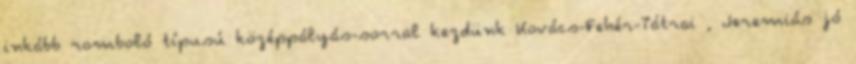
inkább romboló típusú középpályás-sorral kezdünk Kovács-Fehér-Tátrai , Jeremiás jó